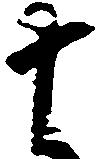
十